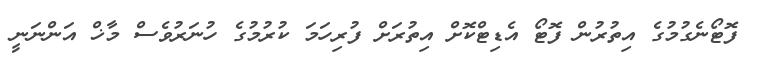
ފޮޓޯނެގުމުގެ އިތުރުން ފޮޓޯ އެޑިޓްކޮށް އިތުރަށް ފުރިހަމަ ކުރުމުގެ ހުނަރުވެސް މާޚް އަންނަނީ